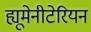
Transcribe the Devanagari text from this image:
ह्यूमेनीटेरियन